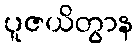
ပူဇယိတွာန